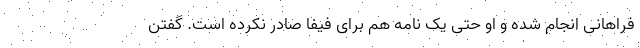
فراهانی انجام شده و او حتی یک نامه هم برای فیفا صادر نکرده است. گفتن